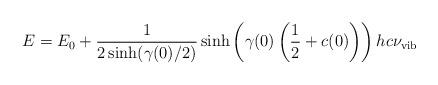
LaTeX: \begin{align*}E=E_0+\frac{1}{2\sinh(\gamma(0)/2)}\sinh\left(\gamma(0)\left(\frac{1}{2}+c(0)\right)\right)hc\nu_{\rm vib}\end{align*}